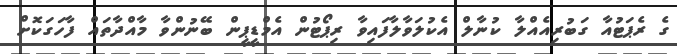
ގެ ރެޕަޓުއާ ގަބުރިއެއްލާ ކުނާލް އެކުލަވާލާފައިވާ ރިޕޯޓުން އެމްޑީޕީން ބޭނުންވާ މާއްދާތައް ފާހަގަކޮށް